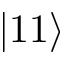
\left| 1 1 \right\rangle